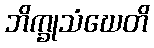
ဘိက္ခုသံဃေတိ